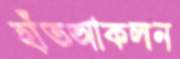
হাঁতআকলন